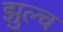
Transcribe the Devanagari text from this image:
झुल्च